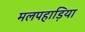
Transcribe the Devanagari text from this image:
मलपहाड़िया